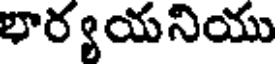
భార్యయనియు